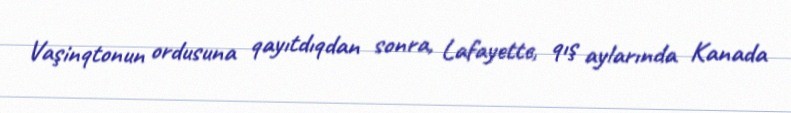
Vaşinqtonun ordusuna qayıtdıqdan sonra, Lafayette, qış aylarında Kanada